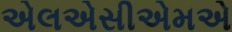
એલએસીએમએ